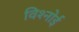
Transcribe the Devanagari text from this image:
विश्‍नोई